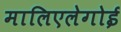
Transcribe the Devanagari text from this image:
मालिएलेगोई